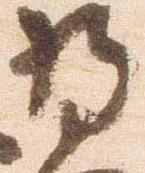
将